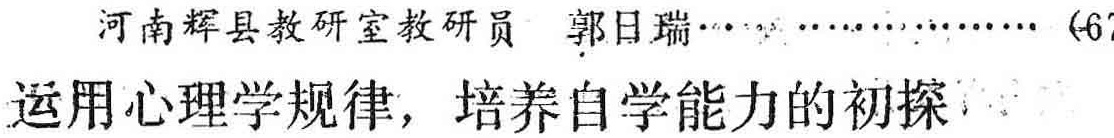
河南辉县教研室教研员 郭日瑞……（67

运用心理学规律，培养自学能力的初探